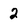
Character: 2